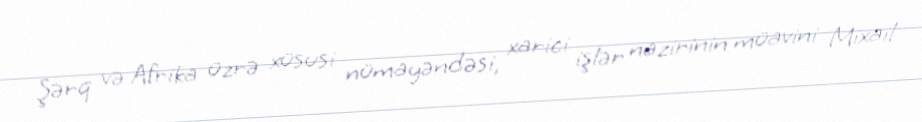
Şərq və Afrika üzrə xüsusi nümayəndəsi, xarici işlər nazirinin müavini Mixail